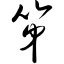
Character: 笫